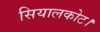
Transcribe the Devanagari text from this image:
सियालकोट।